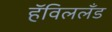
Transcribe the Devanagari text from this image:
हॅविललँड